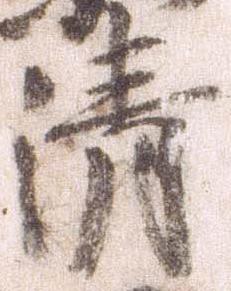
清